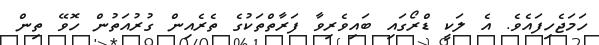
ހަމަޖެހިފައެވެ. އެ ލަކީ ޑްރޯގައި ބައިވެރިވާ ފަރާތްތަކުގެ ތެރެއިން ގުރުއަތުން ހޮވޭ ތިން